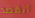
أتقصد